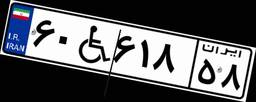
۵۵W۰۳۸۸۸